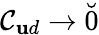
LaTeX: \mathcal{C}_{\mathbf ud}\to\breve{0}